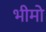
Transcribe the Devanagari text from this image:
भीमो